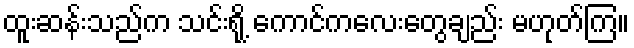
ထူးဆန်းသည်က သင်းရို့ ကောင်ကလေးတွေချည်း မဟုတ်ကြ။